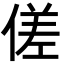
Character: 傞